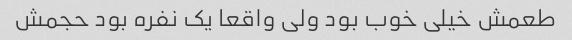
طعمش خیلی خوب بود ولی واقعا یک نفره بود حجمش